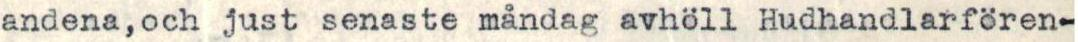
andena,och just senaste måndag avhöll Hudhandlarfören-